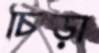
চিড়া